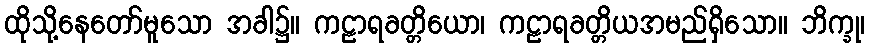
ထိုသို့နေတော်မူသော အခါ၌။ ကဠာရခတ္တိယော၊ ကဠာရခတ္တိယအမည်ရှိသော။ ဘိက္ခု၊